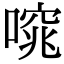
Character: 𠻩